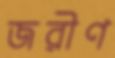
জরীণ